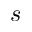
s